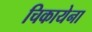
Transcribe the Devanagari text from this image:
चिकायेना